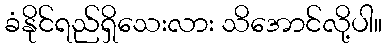
ခံနိုင်ရည်ရှိသေးလား သိအောင်လို့ပါ။